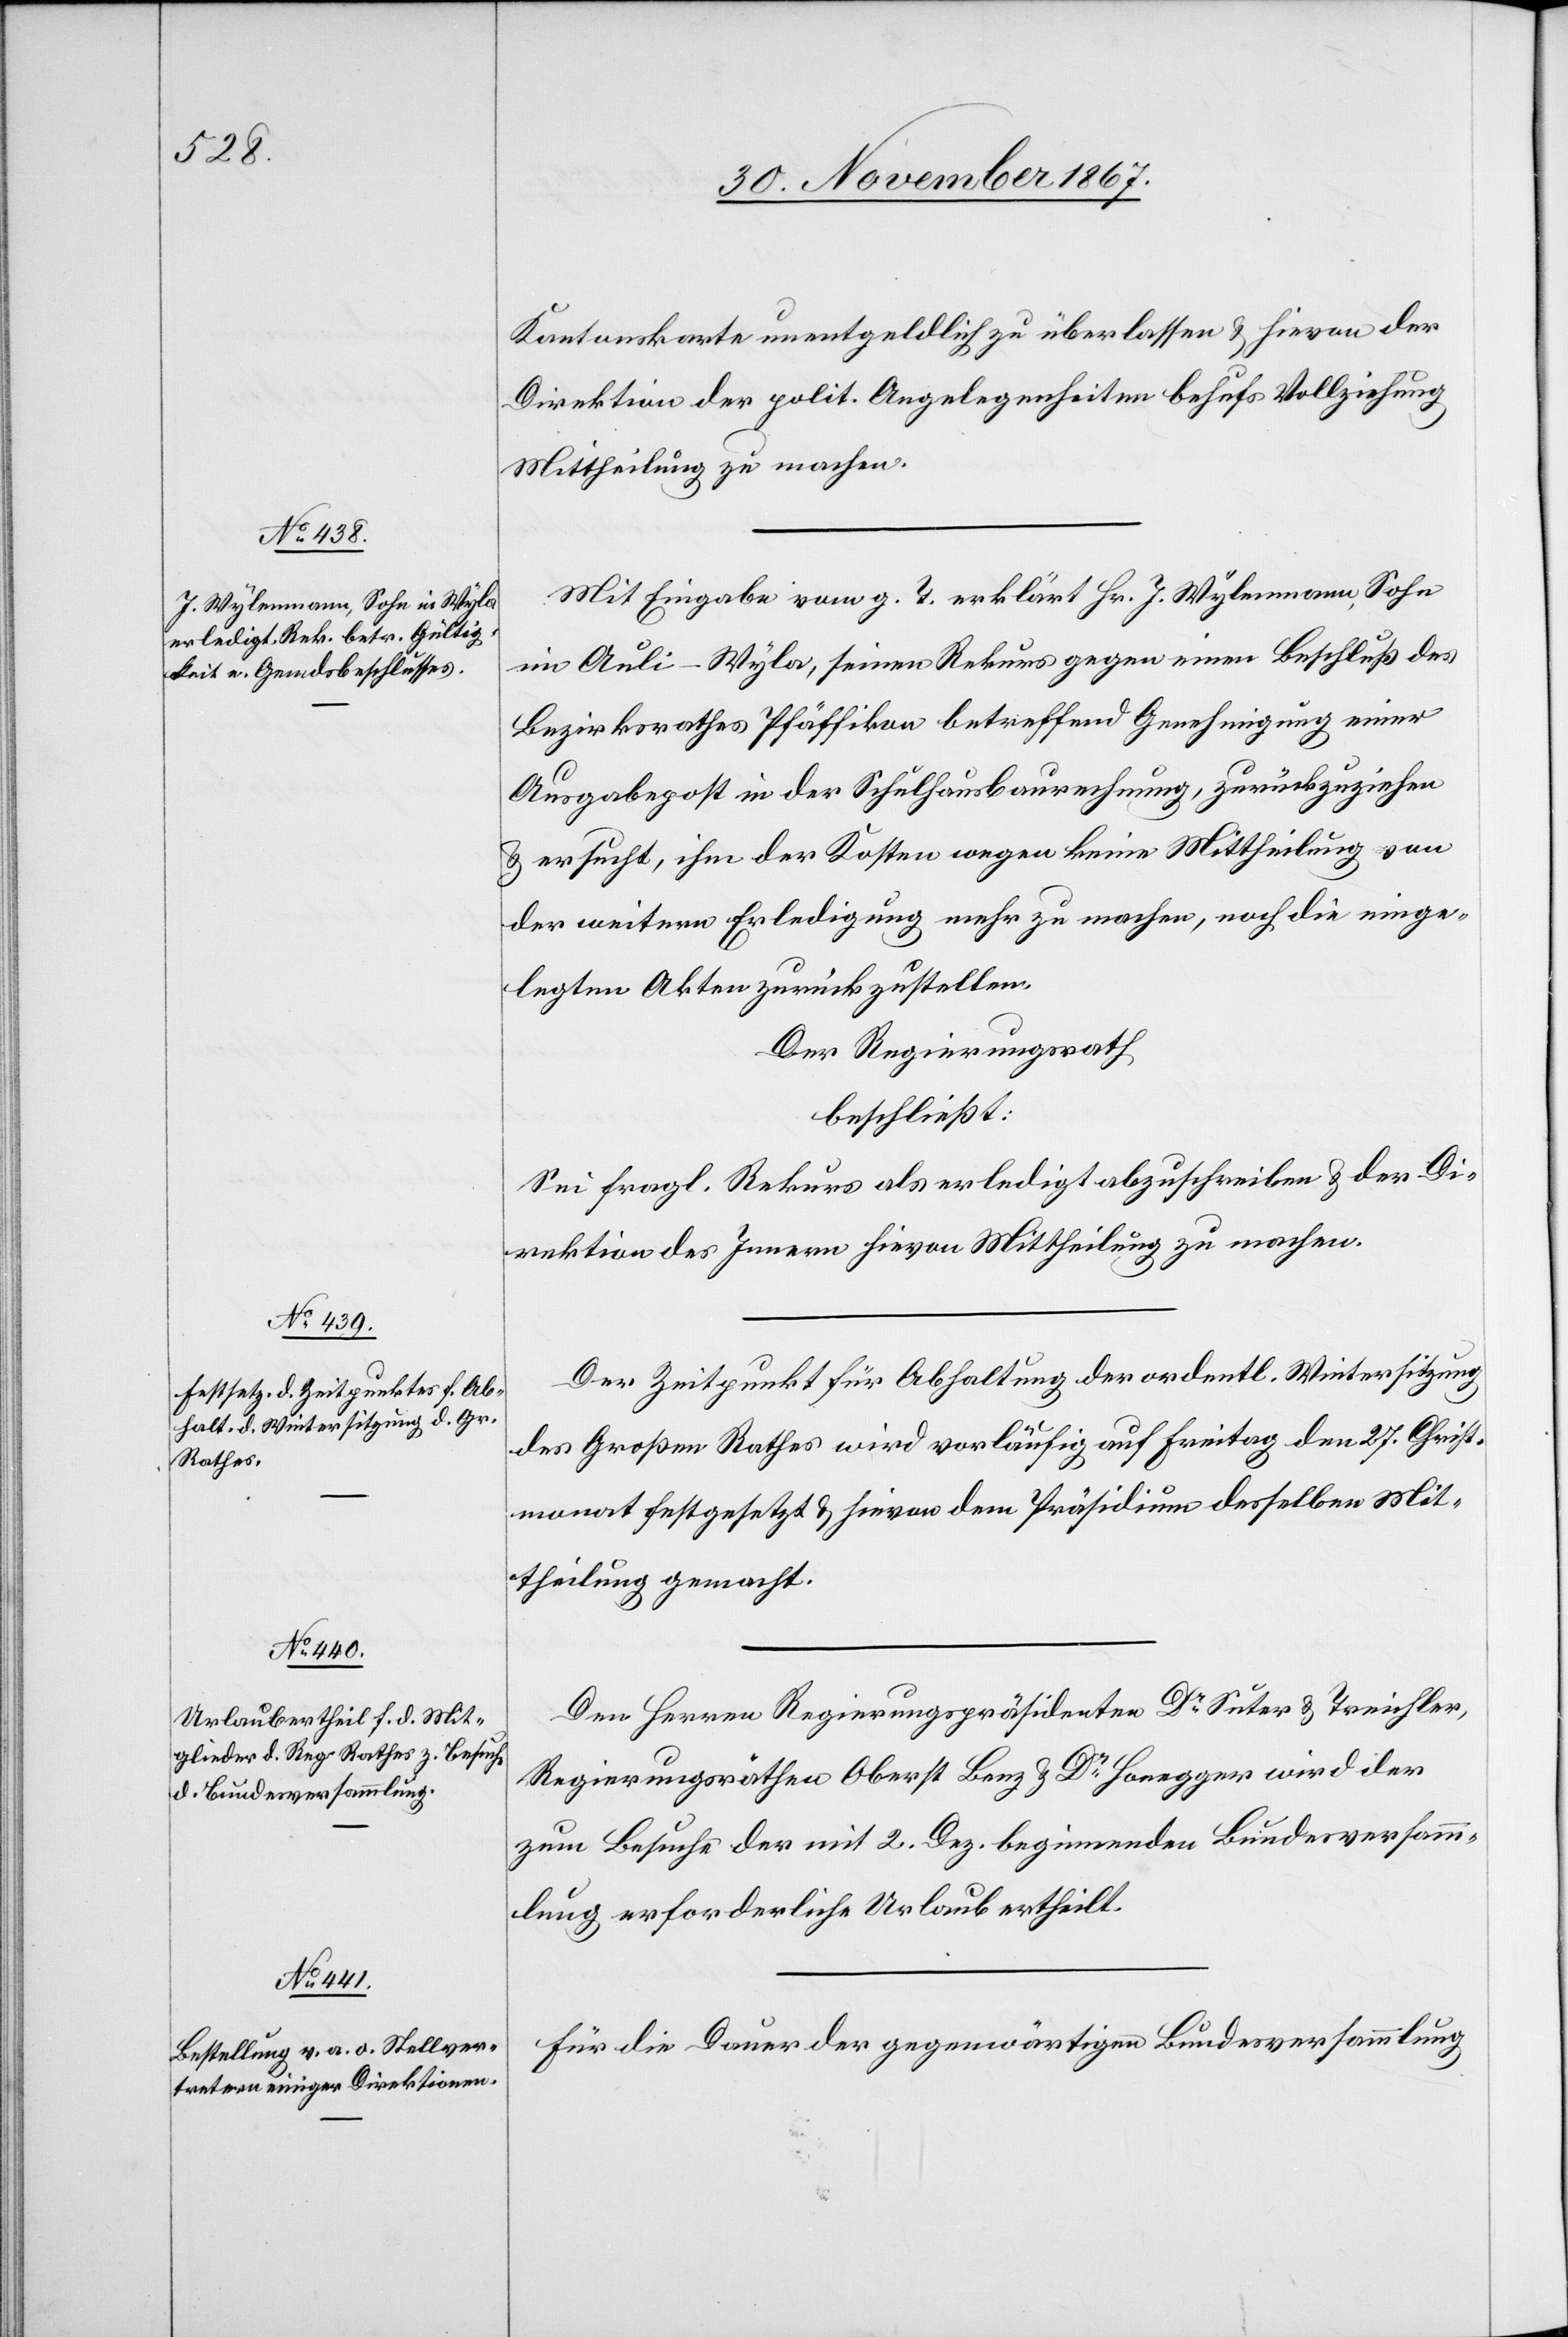
Kantonskarte unentgeldlich zu überlassen u. hievon der
Direktion der polit. Angelegenheiten behufs Vollziehung
Mittheilung zu machen.
Mit Eingabe vom g. T. erklärt Hr. J. Wylenmann, Sohn
im Auli-Wyla, seinen Rekurs gegen einen Beschluß des
Bezirksrathes Pfäffikon betreffend Genehmigung einer
Ausgabepost in der Schulhausbaurechnung, zurückzuziehen
u. ersucht, ihm der Kosten wegen keine Mittheilung von
der weitern Erledigung mehr zu machen, noch die einge¬
legten Akten zurückzustellen.
Der Regierungsrath
beschließt:
Sei fragl. Rekurs als erledigt abzuschreiben u. der Di¬
rektion des Innern hievon Mittheilung zu machen.
Der Zeitpunkt für Abhaltung der ordentl. Wintersitzung
des Großen Rathes wird vorläufig auf Freitag den 27. Christ¬
monat festgesetzt u. hievon dem Präsidium desselben Mit¬
theilung gemacht.
Den Herren Regierungspräsidenten Dr. Suter u. Treichler,
Regierungsräthen Oberst Benz u. Dr. Honegger wird der
zum Besuche der mit 2. Dez. beginnenden Bundesversamm¬
lung erforderliche Urlaub ertheilt.
Für die Dauer der gegenwärtigen Bundesversammlung